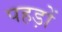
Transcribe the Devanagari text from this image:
पहड़ों